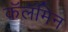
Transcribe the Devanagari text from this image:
कॅलॅमिन